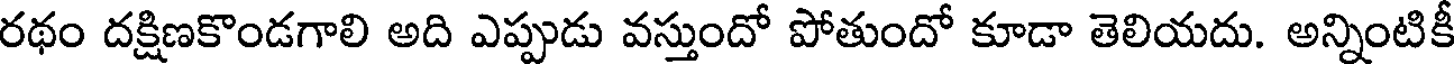
రథం దక్షిణకొండగాలి అది ఎప్పుడు వస్తుందో పోతుందో కూడా తెలియదు. అన్నింటికీ